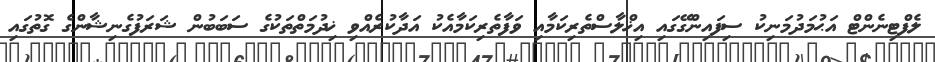
ލެފްޓިނެންޓް އަޙުމަދުމަނިކު ސިފައިންގޭގައި އިޚްލާސްތެރިކަމާއި ވަފާތެރިކަމާއެކު އަދާކުރެއްވި ޚިދުމަތްތަކުގެ ސަބަބުން ޝަރަފުގެނިޝާންގެ ގޮތުގައި